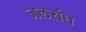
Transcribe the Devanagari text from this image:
जलसंघ